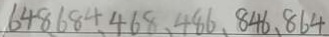
6 4 8 . 6 8 4 . 4 6 8 . 4 8 6 . 8 4 6 . 8 6 4